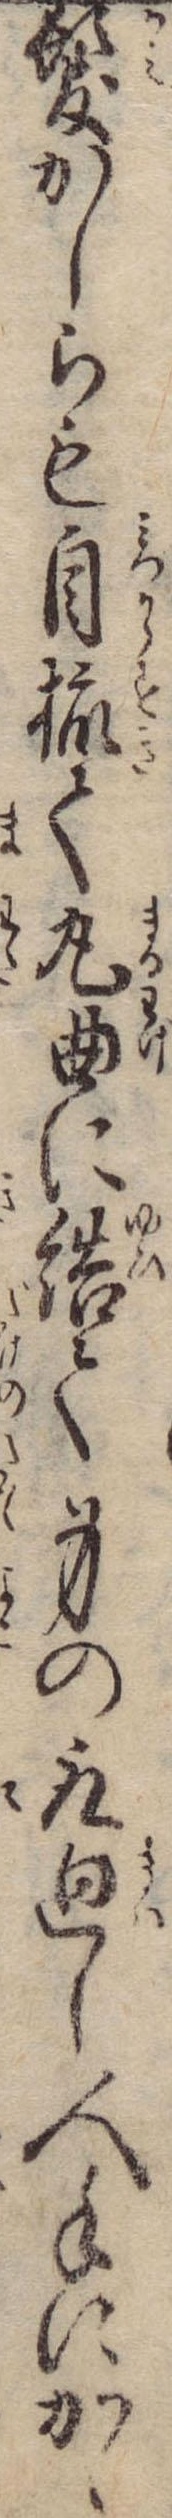
髪かしらも自梳て丸曲に結て身の取廻し人手にかゝ